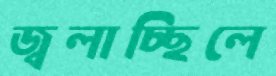
জ্বলাচ্ছিলে